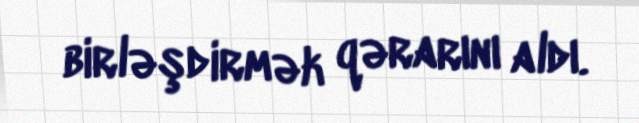
birləşdirmək qərarını aldı.